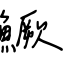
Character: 鱖